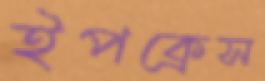
ইপক্রেস